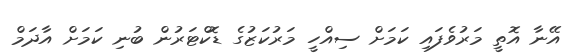
އޭނާ އޮތީ މަރުވެފައި ކަމަށް ސިއްހީ މަރުކަޒުގެ ޑޮކްޓަރުން ބުނި ކަމަށް އާދަމް